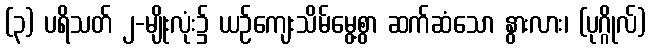
(၃) ပရိသတ် ၂-မျိုးလုံး၌ ယဉ်ကျေးသိမ်မွေ့စွာ ဆက်ဆံသော နွားလား၊ (ပုဂ္ဂိုလ်)